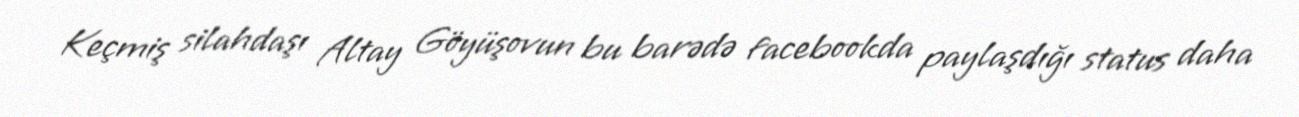
Keçmiş silahdaşı Altay Göyüşovun bu barədə facebookda paylaşdığı status daha